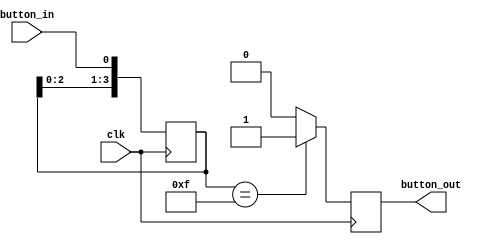
`timescale 1ns / 1ps


module debouncer(
    input clk,
    input button_in,

    output button_out
);

reg [3:0] mask;      // counter register
reg button = 0;

localparam num_flops = 4;
reg [3:0] shift_reg;

always @(posedge clk) begin
    shift_reg <= {shift_reg[2:0], button_in};
    
    if (shift_reg == {4{1'b1}}) begin
        button <= 1;
    end
    else begin
        button <=0;
    end
end

assign button_out = button;
endmodule